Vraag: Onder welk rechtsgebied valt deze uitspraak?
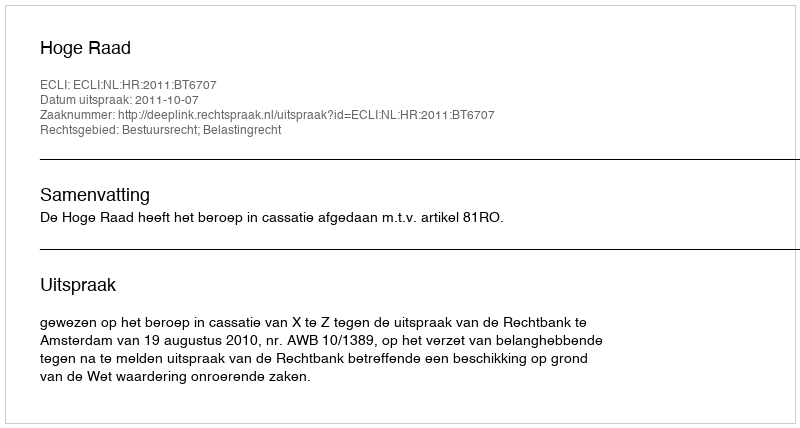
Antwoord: Bestuursrecht; Belastingrecht